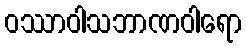
ဝဿာဝါသဘာဏဝါရော